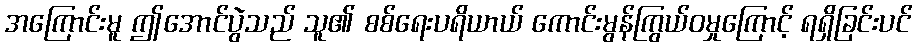
အကြောင်းမူ ဤအောင်ပွဲသည် သူ၏ စစ်ရေးပရိယာယ် ကောင်းမွန်ကြွယ်ဝမှုကြောင့် ရရှိခြင်းပင်